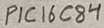
Text: PIC16C84